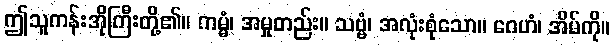
ဤသူကန်းအိုကြီးတို့၏။ ကမ္မံ၊ အမှုတည်း။ သဗ္ဗံ၊ အလုံးစုံသော။ ဂေဟံ၊ အိမ်ကို။